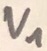
Text: V1